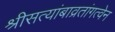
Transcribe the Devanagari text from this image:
श्रीसत्यांबाव्रतांगत्वेन